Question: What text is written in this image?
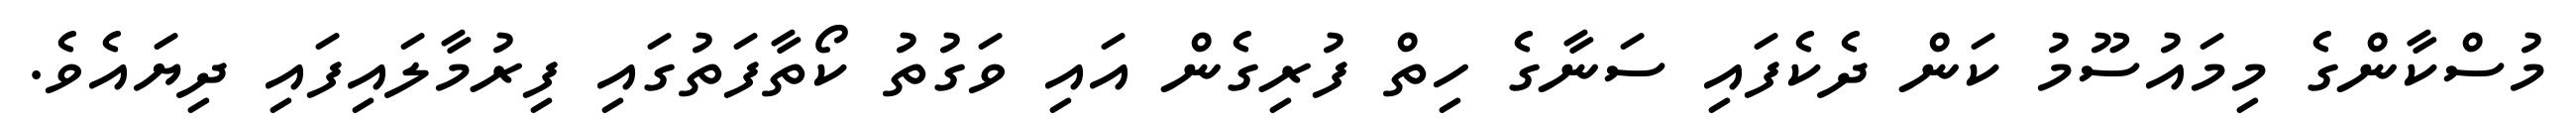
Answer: މުސްކާންގެ މިމައުސޫމު ކަން ދެކެފައި ސަނާގެ ހިތް ފުރިގެން އައި ވަގުތު ކޯތާފަތުގައި ފިރުމާލައިފައި ދިޔައެވެ.